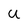
Character: U